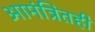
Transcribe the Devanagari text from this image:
आमंत्रितही